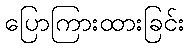
ပြောကြားထားခြင်း